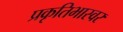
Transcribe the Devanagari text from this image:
प्रकृतिभास्वर